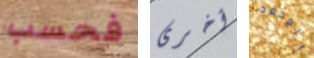
فحسب أخرى المجعد